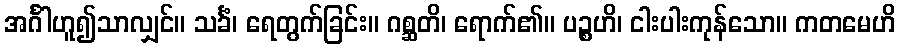
အင်္ဂါဟူ၍သာလျှင်။ သင်္ခံ၊ ရေတွက်ခြင်း။ ဂစ္ဆတိ၊ ရောက်၏။ ပဉ္စဟိ၊ ငါးပါးကုန်သော။ ကတမေဟိ